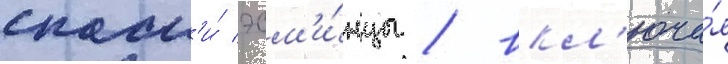
спасл'и́ эсм'и́нцы / вкл'юча́я